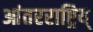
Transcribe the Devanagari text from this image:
आंतरराष्ट्रिय्